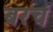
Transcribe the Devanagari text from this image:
बरचं